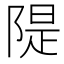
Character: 隄